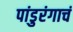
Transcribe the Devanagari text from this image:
पांडुरंगाचं